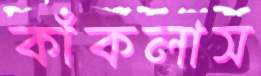
কাঁকলাস